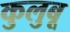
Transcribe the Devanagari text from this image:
कुलुबू